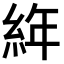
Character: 𦀅